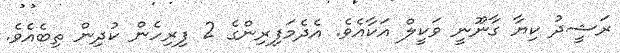
ރަޝީދު ކިޔާ ގާނޫނީ ވަކީލް އަކާއެވެ. އެދެމަފިރިންގެ 2 ފިރިހެން ކުދިން ތިބެއެވެ.